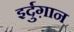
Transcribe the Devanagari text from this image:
इर्दुग़ान